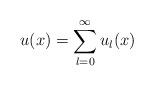
LaTeX: \begin{align*}u(x) =\sum_{l=0}^\infty u_l(x)\end{align*}